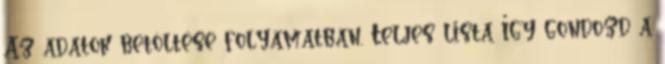
Az adatok betöltése folyamatban. Teljes lista Így gondozd a